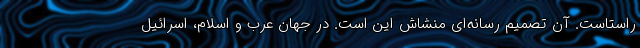
راستاست. آن تصمیم رسانه‌ای منشاش این است. در جهان عرب و اسلام، اسرائیل